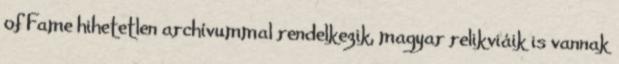
of Fame hihetetlen archívummal rendelkezik, magyar relikviáik is vannak